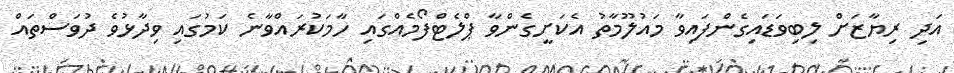
އަދި ރިޔާޒަށް ލިބިވަޑައިގެންފައިވާ މައުލޫމާތު އެކަށީގެންވާ ޕްލެޓްފޯމެއްގައި ހާމަކުރައްވާނެ ކަމުގައި ވިދާޅުވެ ދުވަސްތައް